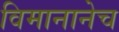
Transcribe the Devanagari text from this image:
विमानानेच